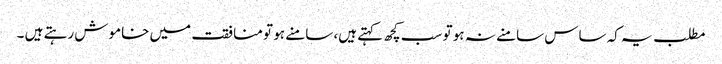
مطلب یہ کہ ساس سامنے نہ ہو تو سب کچھ کہتے ہیں، سامنے ہو تو منافقت میں خاموش رہتے ہیں ۔